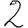
Digit: 2